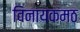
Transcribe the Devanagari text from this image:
विनायकमठ